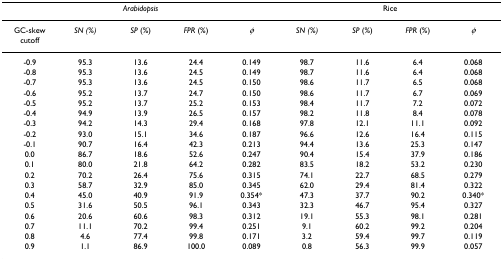
<table><thead><tr><td colspan="5"><b><i>Arabidopsis</i></b></td><td colspan="4"><b>Rice</b></td></tr></thead><tbody><tr><td>GC-skew cutoff</td><td><i>SN (%)</i></td><td><i>SP </i>(%)</td><td><i>FPR </i>(%)</td><td><i>φ</i></td><td><i>SN (%)</i></td><td><i>SP </i>(%)</td><td><i>FPR </i>(%)</td><td><i>φ</i></td></tr><tr><td>-0.9</td><td>95.3</td><td>13.6</td><td>24.4</td><td>0.149</td><td>98.7</td><td>11.6</td><td>6.4</td><td>0.068</td></tr><tr><td>-0.8</td><td>95.3</td><td>13.6</td><td>24.5</td><td>0.149</td><td>98.7</td><td>11.6</td><td>6.4</td><td>0.068</td></tr><tr><td>-0.7</td><td>95.3</td><td>13.6</td><td>24.5</td><td>0.150</td><td>98.6</td><td>11.7</td><td>6.5</td><td>0.068</td></tr><tr><td>-0.6</td><td>95.2</td><td>13.7</td><td>24.7</td><td>0.150</td><td>98.6</td><td>11.7</td><td>6.7</td><td>0.069</td></tr><tr><td>-0.5</td><td>95.2</td><td>13.7</td><td>25.2</td><td>0.153</td><td>98.4</td><td>11.7</td><td>7.2</td><td>0.072</td></tr><tr><td>-0.4</td><td>94.9</td><td>13.9</td><td>26.5</td><td>0.157</td><td>98.2</td><td>11.8</td><td>8.4</td><td>0.078</td></tr><tr><td>-0.3</td><td>94.2</td><td>14.3</td><td>29.4</td><td>0.168</td><td>97.8</td><td>12.1</td><td>11.1</td><td>0.092</td></tr><tr><td>-0.2</td><td>93.0</td><td>15.1</td><td>34.6</td><td>0.187</td><td>96.6</td><td>12.6</td><td>16.4</td><td>0.115</td></tr><tr><td>-0.1</td><td>90.7</td><td>16.4</td><td>42.3</td><td>0.213</td><td>94.4</td><td>13.6</td><td>25.3</td><td>0.147</td></tr><tr><td>0.0</td><td>86.7</td><td>18.6</td><td>52.6</td><td>0.247</td><td>90.4</td><td>15.4</td><td>37.9</td><td>0.186</td></tr><tr><td>0.1</td><td>80.0</td><td>21.8</td><td>64.2</td><td>0.282</td><td>83.5</td><td>18.2</td><td>53.2</td><td>0.230</td></tr><tr><td>0.2</td><td>70.2</td><td>26.4</td><td>75.6</td><td>0.315</td><td>74.1</td><td>22.7</td><td>68.5</td><td>0.279</td></tr><tr><td>0.3</td><td>58.7</td><td>32.9</td><td>85.0</td><td>0.345</td><td>62.0</td><td>29.4</td><td>81.4</td><td>0.322</td></tr><tr><td>0.4</td><td>45.0</td><td>40.9</td><td>91.9</td><td>0.354*</td><td>47.3</td><td>37.7</td><td>90.2</td><td>0.340*</td></tr><tr><td>0.5</td><td>31.6</td><td>50.5</td><td>96.1</td><td>0.343</td><td>32.3</td><td>46.7</td><td>95.4</td><td>0.327</td></tr><tr><td>0.6</td><td>20.6</td><td>60.6</td><td>98.3</td><td>0.312</td><td>19.1</td><td>55.3</td><td>98.1</td><td>0.281</td></tr><tr><td>0.7</td><td>11.1</td><td>70.2</td><td>99.4</td><td>0.251</td><td>9.1</td><td>60.2</td><td>99.2</td><td>0.204</td></tr><tr><td>0.8</td><td>4.6</td><td>77.4</td><td>99.8</td><td>0.171</td><td>3.2</td><td>59.4</td><td>99.7</td><td>0.119</td></tr><tr><td>0.9</td><td>1.1</td><td>86.9</td><td>100.0</td><td>0.089</td><td>0.8</td><td>56.3</td><td>99.9</td><td>0.057</td></tr></tbody></table>